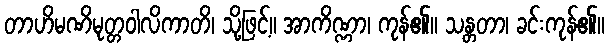
တာဟိမဏိမုတ္တဝါလိကာတိ၊ သို့ဖြင့်။ အာကိဏ္ဏာ၊ ကုန်၏။ သန္တတာ၊ ခင်းကုန်၏။